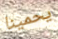
يحمينا